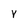
Character: Y